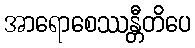
အာရောစေဿန္တီတိပေ